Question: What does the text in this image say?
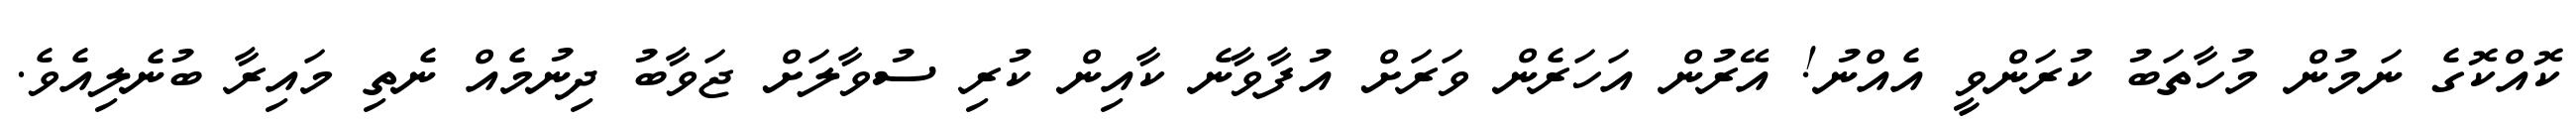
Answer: ކޮއްކޮގެ ނަމުން މުހާތަބު ކުރަންވީ އެއްނު! އޭރުން އަހަރެން ވަރަށް އުފާވާނެ ކާއިން ކުރި ސުވާލަށް ޖަވާބު ދިނުމެއް ނެތި މައިރާ ބުނެލިއެވެ.